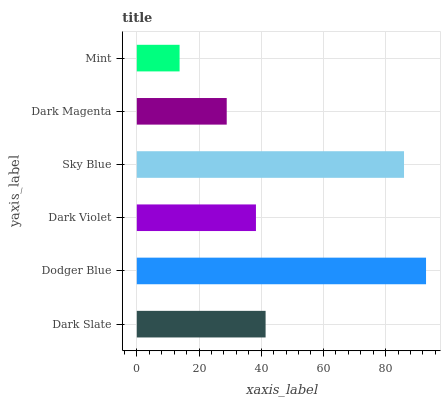
| yaxis_label | bars |
 | --- | --- |
 | Dark Slate | 41.4 |
 | Dodger Blue | 93 |
 | Dark Violet | 38.3 |
 | Sky Blue | 85.9 |
 | Dark Magenta | 28.9 |
 | Mint | 13.8 |